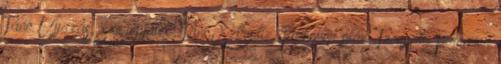
Tánc Ujjazás, Szerepjáték, Tánc, Sztriptíz, Premier plán, Tevepata Premier